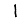
Digit: 1